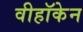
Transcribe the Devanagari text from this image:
वीहॉकेन